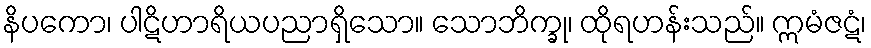
နိပကော၊ ပါဋိဟာရိယပညာရှိသော။ သောဘိက္ခု၊ ထိုရဟန်းသည်။ ဣမံဇဋံ၊